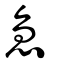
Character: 急